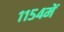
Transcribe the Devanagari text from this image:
११५४में